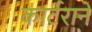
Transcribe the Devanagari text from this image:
कार्टराने